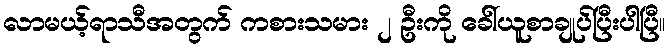
လာမယ့်ရာသီအတွက် ကစားသမား ၂ ဦးကို ခေါ်ယူစာချုပ်ပြီးပါပြီ။